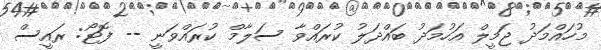
މުހައްމަދު ޖަމީލް އަހުމަދު ބައްދަލު ކުރައްވާ ސަލާމް ކުރައްވަނީ -- ފޮޓޯ: ރައީސް